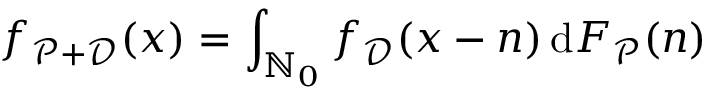
f _ { \mathscr P + \mathscr D } ( x ) = \int _ { \mathbb N _ { 0 } } f _ { \mathscr D } ( x - n ) \, \mathrm d F _ { \mathscr P } ( n )